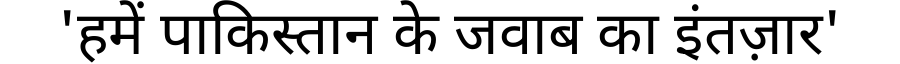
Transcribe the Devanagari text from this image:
'हमें पाकिस्तान के जवाब का इंतज़ार'